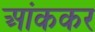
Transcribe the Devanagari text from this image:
आंककर